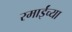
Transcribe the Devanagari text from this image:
रमाईंच्या